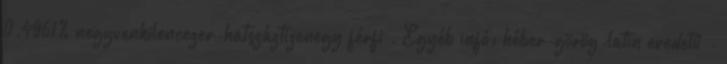
0.4961% negyvenkilencezer-hatszáztizenegy férfi . Egyéb infó: héber-görög-latin eredetű -